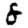
Digit: 8